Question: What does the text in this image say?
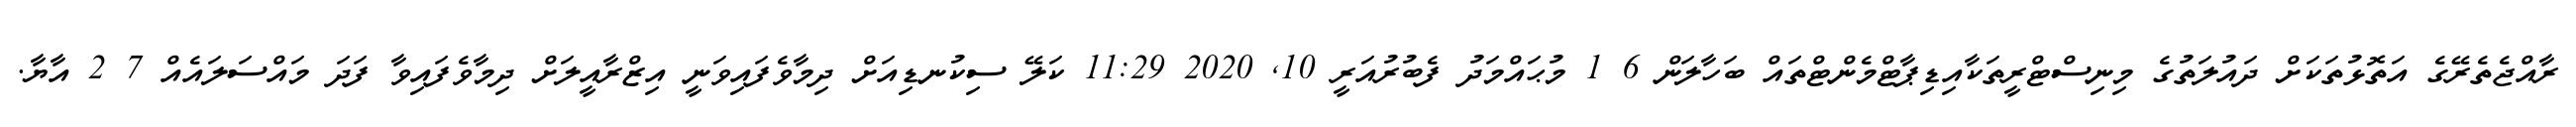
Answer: ރާއްޖެތެރޭގެ އަތޮޅުތަކަށް ދައުލަތުގެ މިނިސްޓްރީތަކާއިޑިޕާޓްމެންޓްތައް ބަހާލަން 6 1 މުޙައްމަދު ފެބުރުއަރީ 10, 2020 11:29 ކަލޭ ސިކުނޑިއަށް ދިމާވެފައިވަނީ އިޒްރާއީލަށް ދިމާވެފައިވާ ފަދަ މައްސަލައެއް 7 2 އާޔާ.